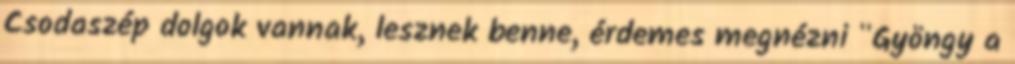
Csodaszép dolgok vannak, lesznek benne, érdemes megnézni "Gyöngy a